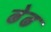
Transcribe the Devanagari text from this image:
ढेढ